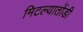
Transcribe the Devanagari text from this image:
मिटल्यातोंडी